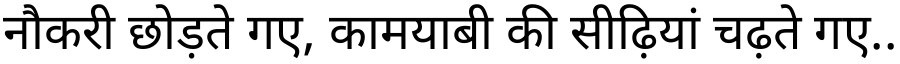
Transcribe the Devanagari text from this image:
नौकरी छोड़ते गए, कामयाबी की सीढ़ियां चढ़ते गए..